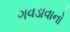
ગવડાવાનો